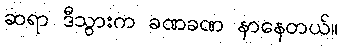
ဆရာ ဒီသွားက ခဏခဏ နာနေတယ်။